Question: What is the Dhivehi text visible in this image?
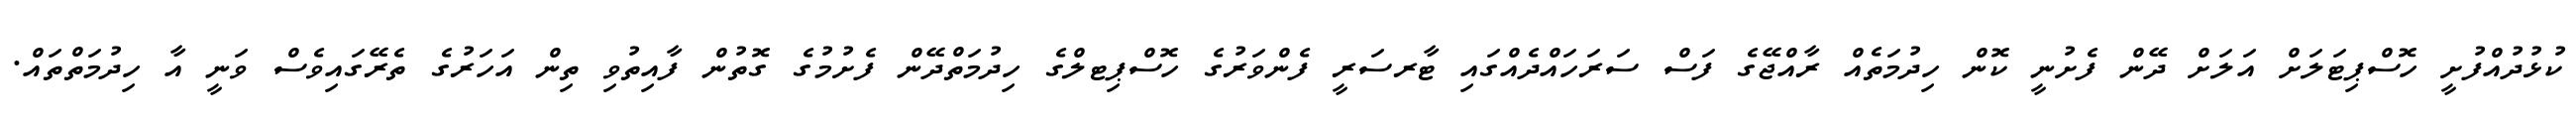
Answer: ކުޅުދުއްފުށީ ހޮސްޕިޓަލަށް އަލަށް ދޭން ފެށުނީ ކޮން ހިދުމަތެއް ރާއްޖޭގެ ފަސް ސަރަހައްދެއްގައި ޓާރސަރީ ފެންވަރުގެ ހޮސްޕިޓލްގެ ހިދުމަތްދޭން ފެށުމުގެ ގޮތުން ފާއިތުވި ތިން އަހަރުގެ ތެރޭގައިވެސް ވަނީ އާ ހިދުމަތްތައް.